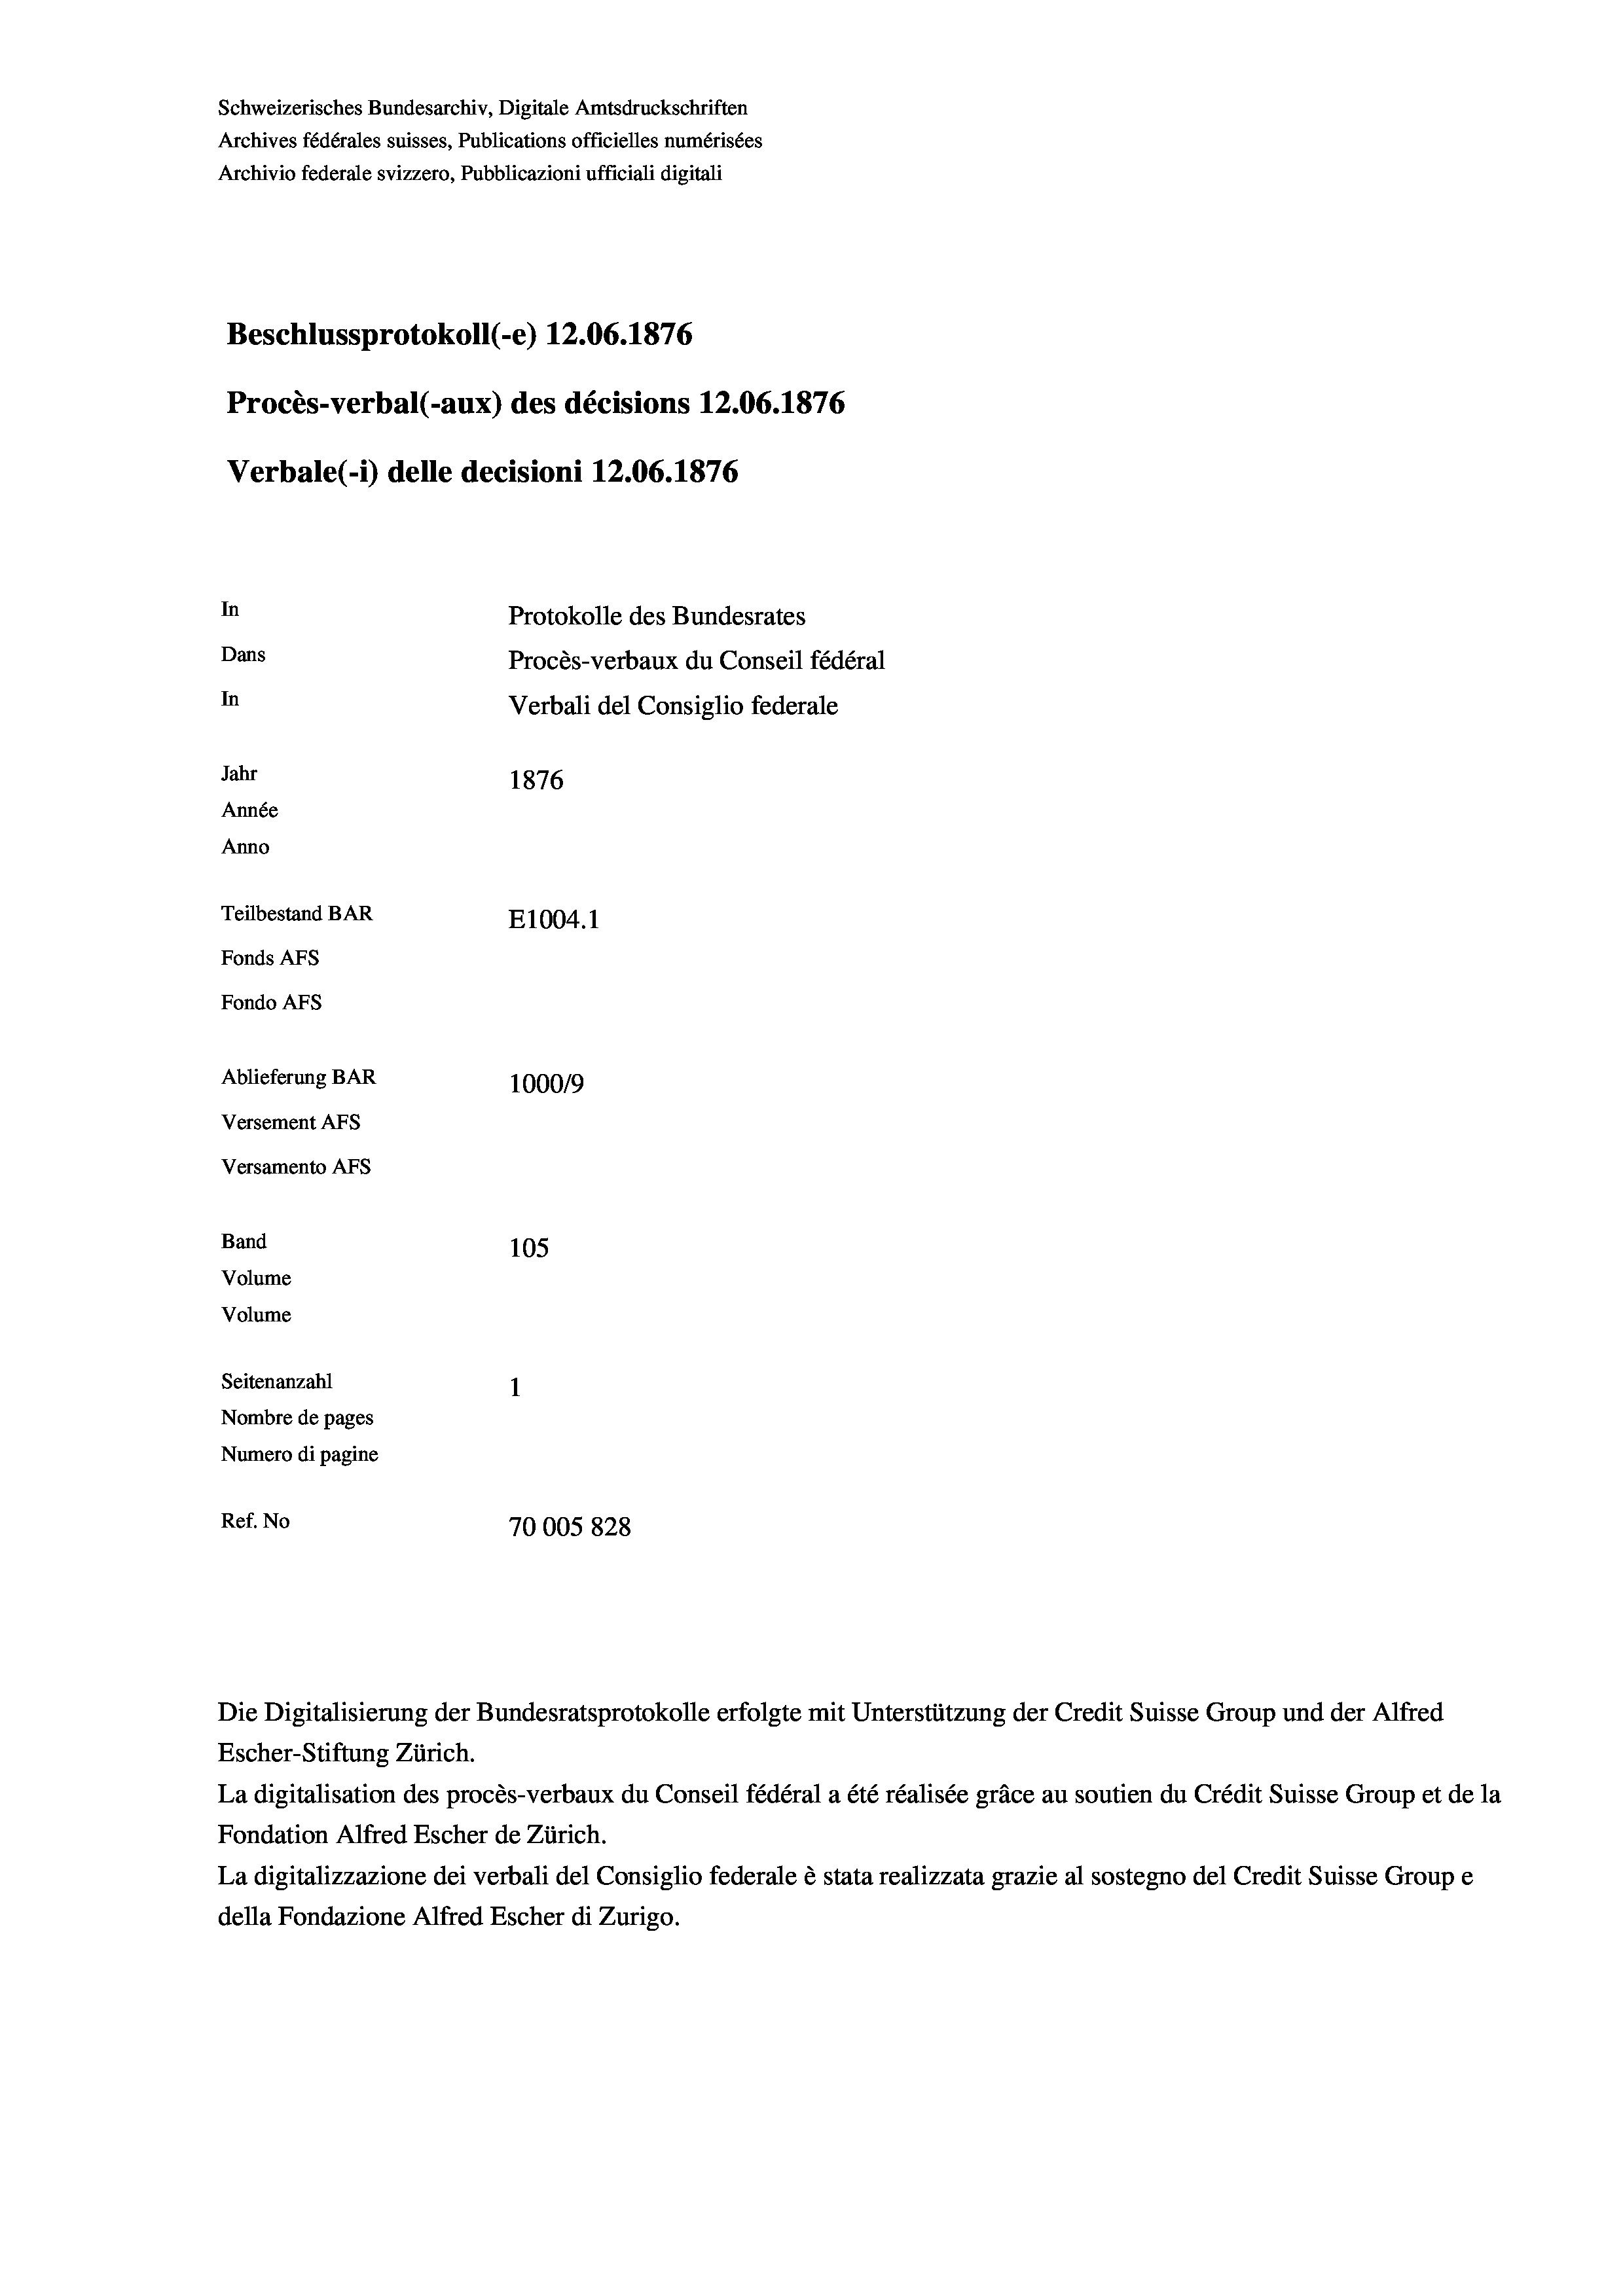
Schweizerisches Bundesarchiv, Digitale Amtsdruckschriften
Archives fédérales suisses, Publications officielles numérisées
Archivio federale svizzero, Pubblicazioni ufficiali digitali
Beschlussprotokoll (-e) 12.06. 1876
Procès-verbal (-aux) des décisions 12.06. 1876
Verbale(-*) delle decisioni 12.06. 1876
In
Protokolle des Bundesrates
Dans
Procès-verbaux du Conseil fédéral
In
Verbali del Consiglio federale
Jahr
1876
Année
Anno
Teilbestand BAR
E1004. 1
Fonds AFs
Fondo AFS
Ablieferung BAR
100019
Versement AFS
Versamento AFs
Band
105
Volume
Volume
Seitenanzahl
Nombre de pages
Numero di pagine
Ref. No
70005 828

Escher-Stiftung Zürich.
La digitalisation des procès-verbaux du Conseil fédéral a été réalisée gräce au soutien du Crédit Suisse Group et de la
Fondation Alfred Escher de Zürich.
La digitalizzazione dei verbali del Consiglio federale è stata realizzata grazie al sostegno del Credit Suisse Groupe
della Fondazione Alfred Escher di Zurigo.

Die Digitalisierung der Bundesratsprotokolle erfolgte mit Unterstützung der Credit Suisse Group und der Alfred